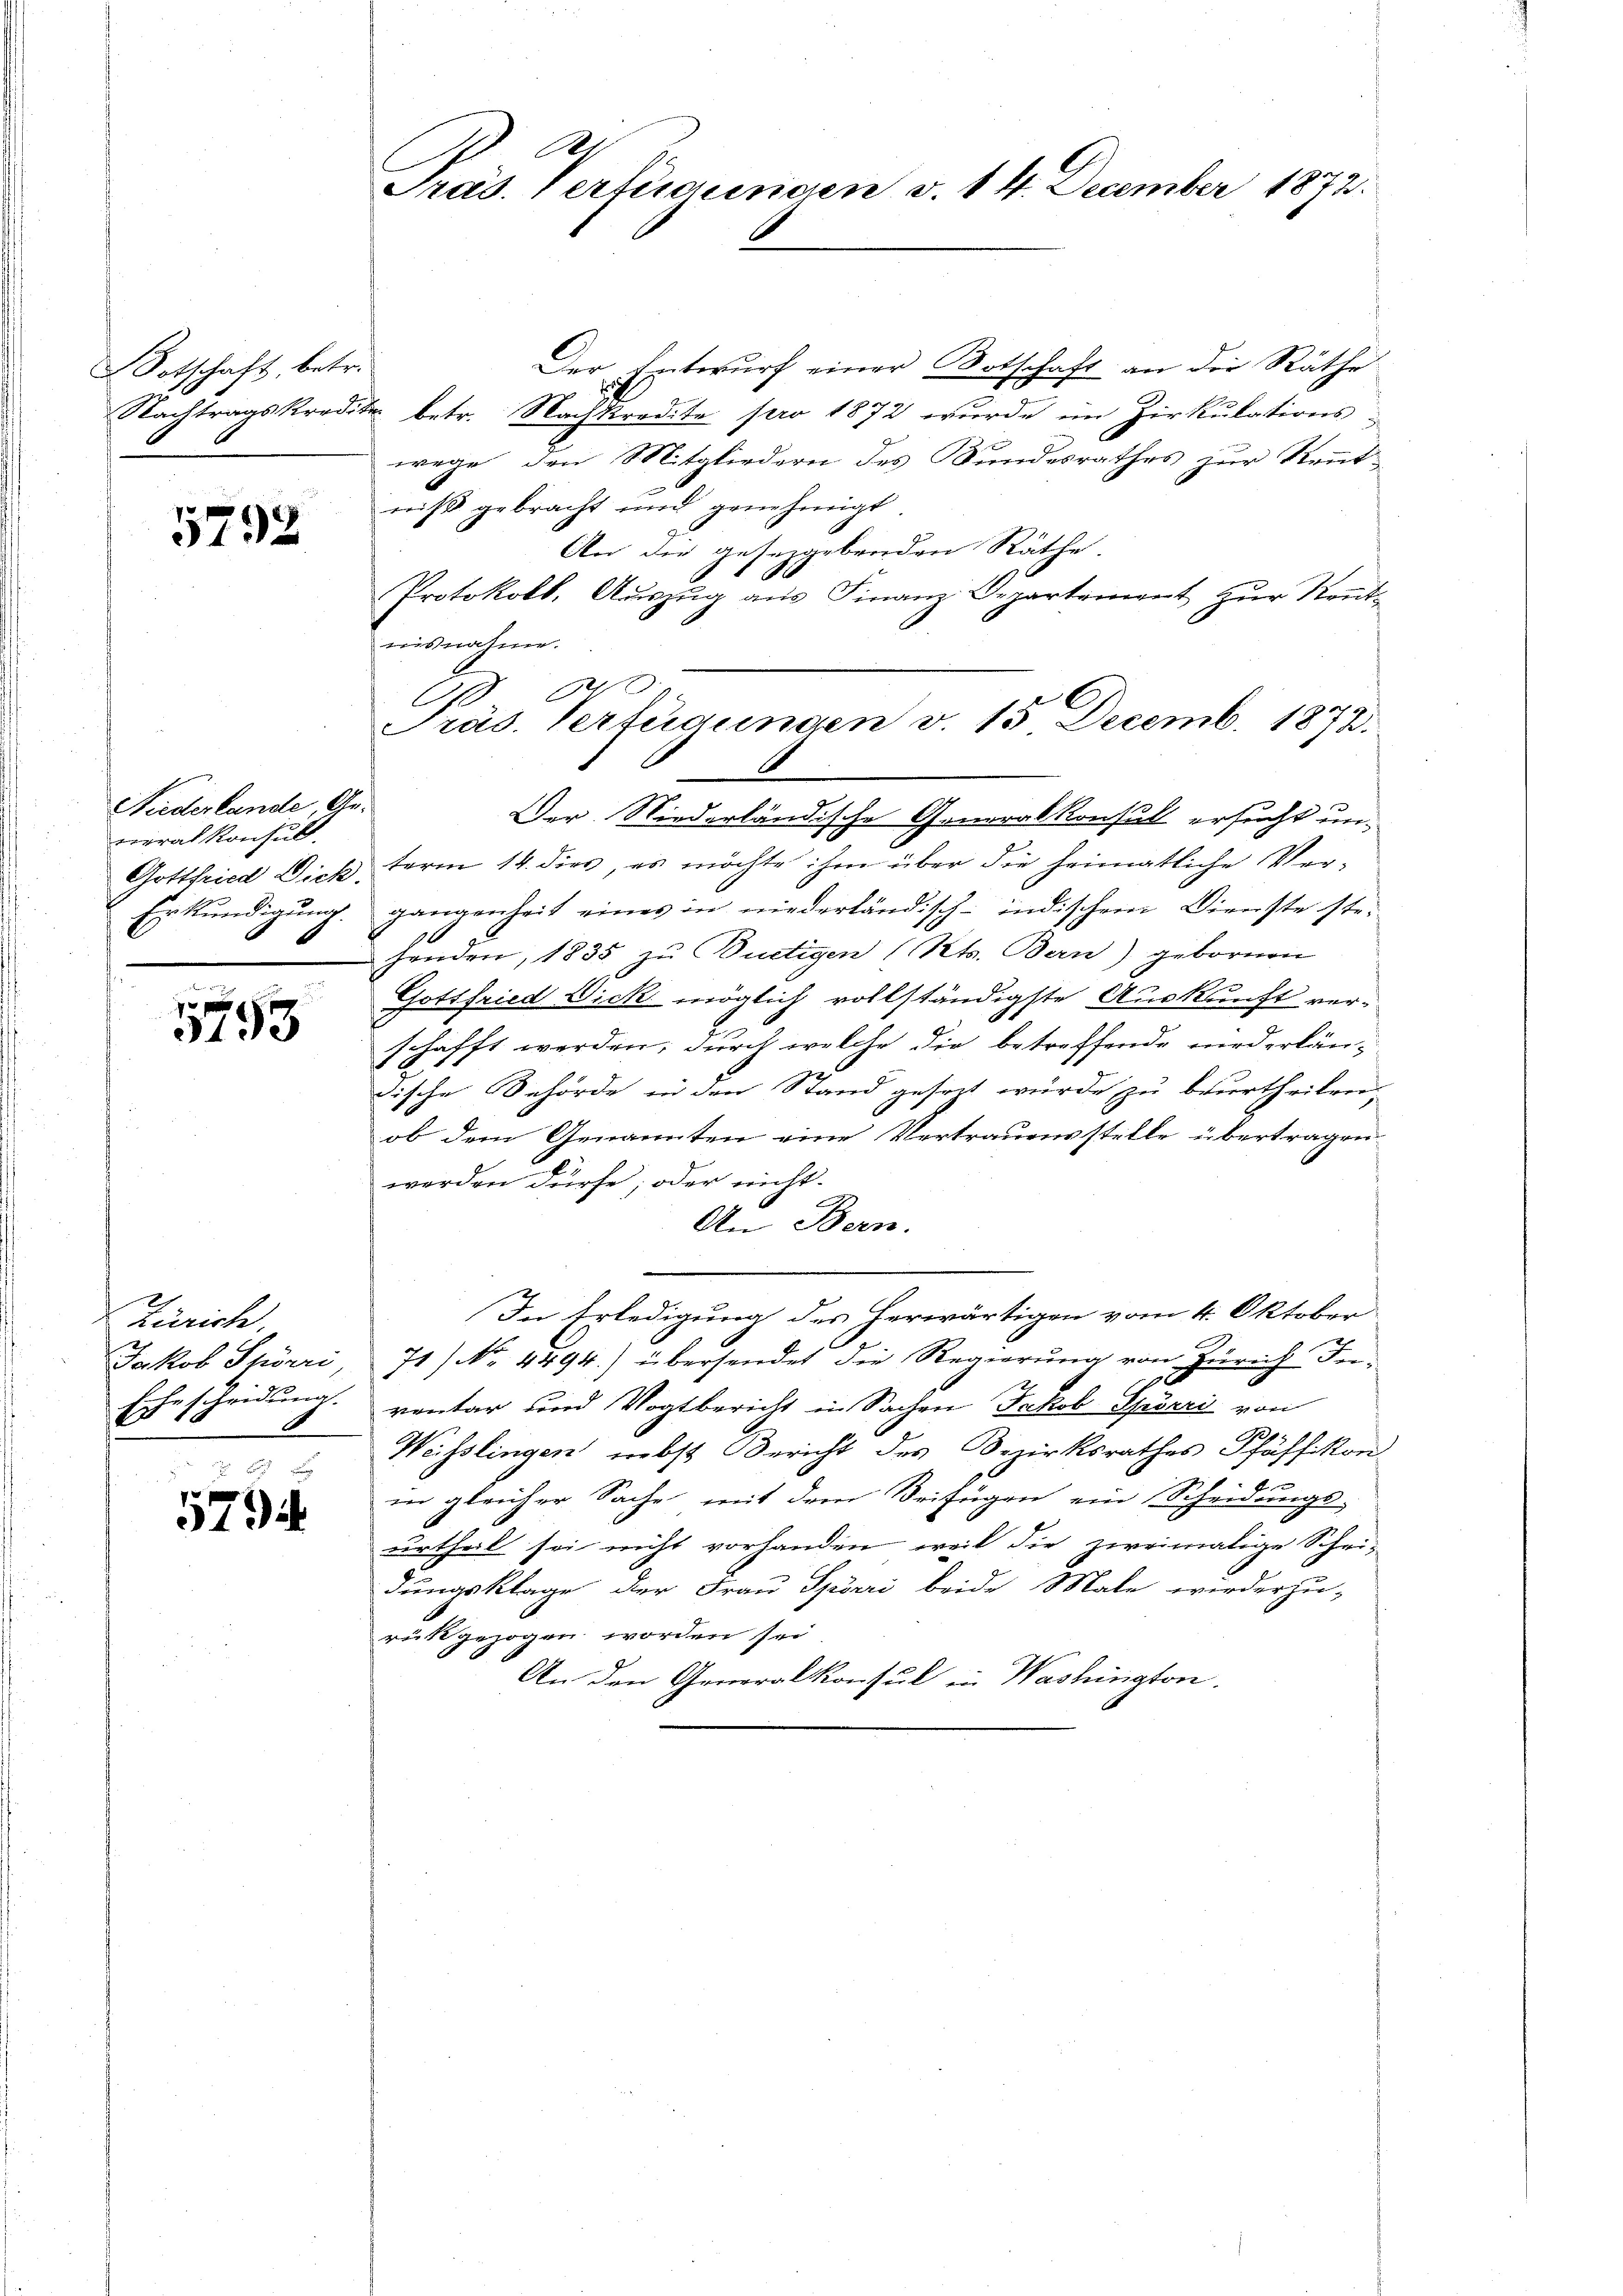
Botschaft, betr.
Nachtragskredi-

5792

Niederlande Generalkonsult
Gottfried Dick.
Einkündigung.

1793

Zürich
Jakob Spörri,
Ehescheidung
B

579

Präs. Verfügungen v. 14. December 1872.

Der Entwŭrf einer Botschaft an die Räthe
u betr. Nachkredite pro 1872 wurde im Zirkulations-
wege, den Mitgliedern des Sundesrathes zur Kennt-
niß gebracht und genehmigt.
An die gesezgebenden Räthe.
Protokoll, Aŭszŭg aŭs Finanz-Departement zŭr Rentnisnahme.
Der Niederländische Generalkonsul ersucht un-
term 14. dies, es möchte ihm über die heimatliche Vergangenheit eines in niederländisch-indischem Dienste stehenden, 1835 zu Burtigen (Rts. Bern) gebornen
Gottfried Dick möglich vollständigste Auskunft verschafft werden; durch welche die betreffende niederlän-
dische Behörde in den Stand geset würde zu beurtheilen,
ob dem Genannten eine Vertrauensstelle übertragen.
werden dürfe; oder nicht.
An Bern.
In Erledigung des herwärtigen vom 4. Oktober
71) No 4494) übersendet die Regierung von Zürich Inventar und Vogtbericht in Sachen Jakob Spörri von
Weisslingen nebst Bericht des Bezirksrathes Pfäffikon
in gleicher Sache mit dem Beifügen ein Scheidungs-
urtheil sei nicht vorhanden, weil die zweimalige Schei-
dungsklage der Frau Spörri beide Male wiederzu-
rückgezogen worden sei
An den Generalkonsul in Washington.

864.
Präs. Verfügungen v. 15 Decemb. 1872.